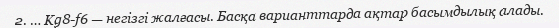
2. … Kg8-f6 — негізгі жалғасы. Басқа варианттарда ақтар басымдылық алады.